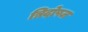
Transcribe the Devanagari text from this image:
त्रिदोषज